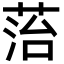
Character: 菭